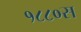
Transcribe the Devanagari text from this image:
१८८०स